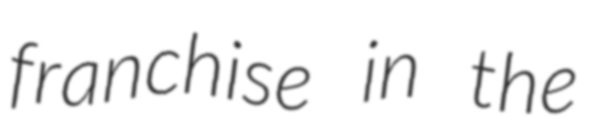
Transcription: franchise in the